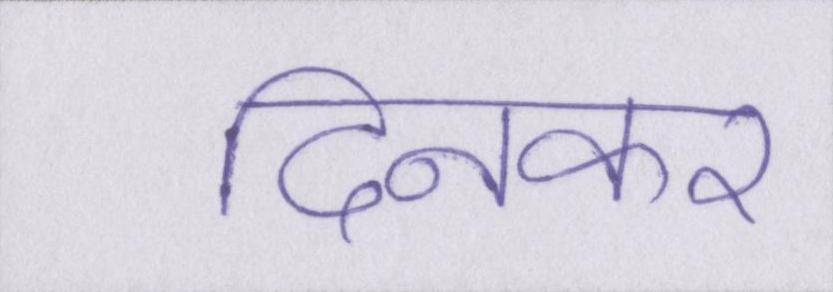
दिनकर